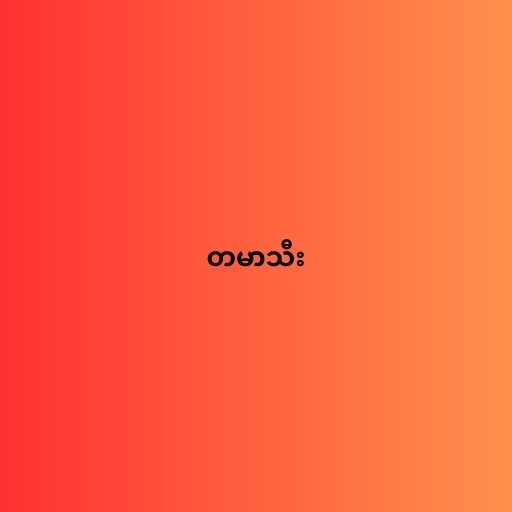
တမာသီး